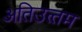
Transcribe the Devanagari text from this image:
अतिउत्‍तम